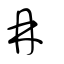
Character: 冄